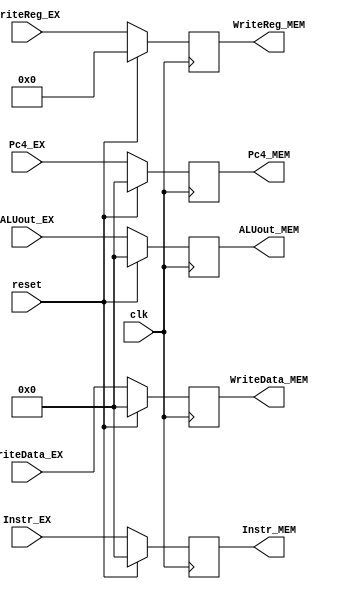
`timescale 1ns / 1ps
module _EX_MEM(
    input clk,
    input reset,
    input [31:0] Instr_EX,
    input [31:0] Pc4_EX,
    input [31:0] ALUout_EX,
    input [31:0] WriteData_EX,
    input [4:0] WriteReg_EX,
    output reg [31:0] Instr_MEM,
    output reg [31:0] Pc4_MEM,
    output reg [31:0] ALUout_MEM, 
    output reg [31:0] WriteData_MEM,
    output reg [4:0] WriteReg_MEM
);
    always @(posedge clk) begin
        if (reset == 1'b1) begin
            Instr_MEM <= 0;
            Pc4_MEM <= 0;
            ALUout_MEM <= 0;
            WriteData_MEM <= 0;
            WriteReg_MEM <= 0;
        end
        else begin
            Instr_MEM <= Instr_EX;
            Pc4_MEM <= Pc4_EX;
            ALUout_MEM <= ALUout_EX;
            WriteData_MEM <= WriteData_EX;
            WriteReg_MEM <= WriteReg_EX;
        end
    end  
endmodule //EX_ME